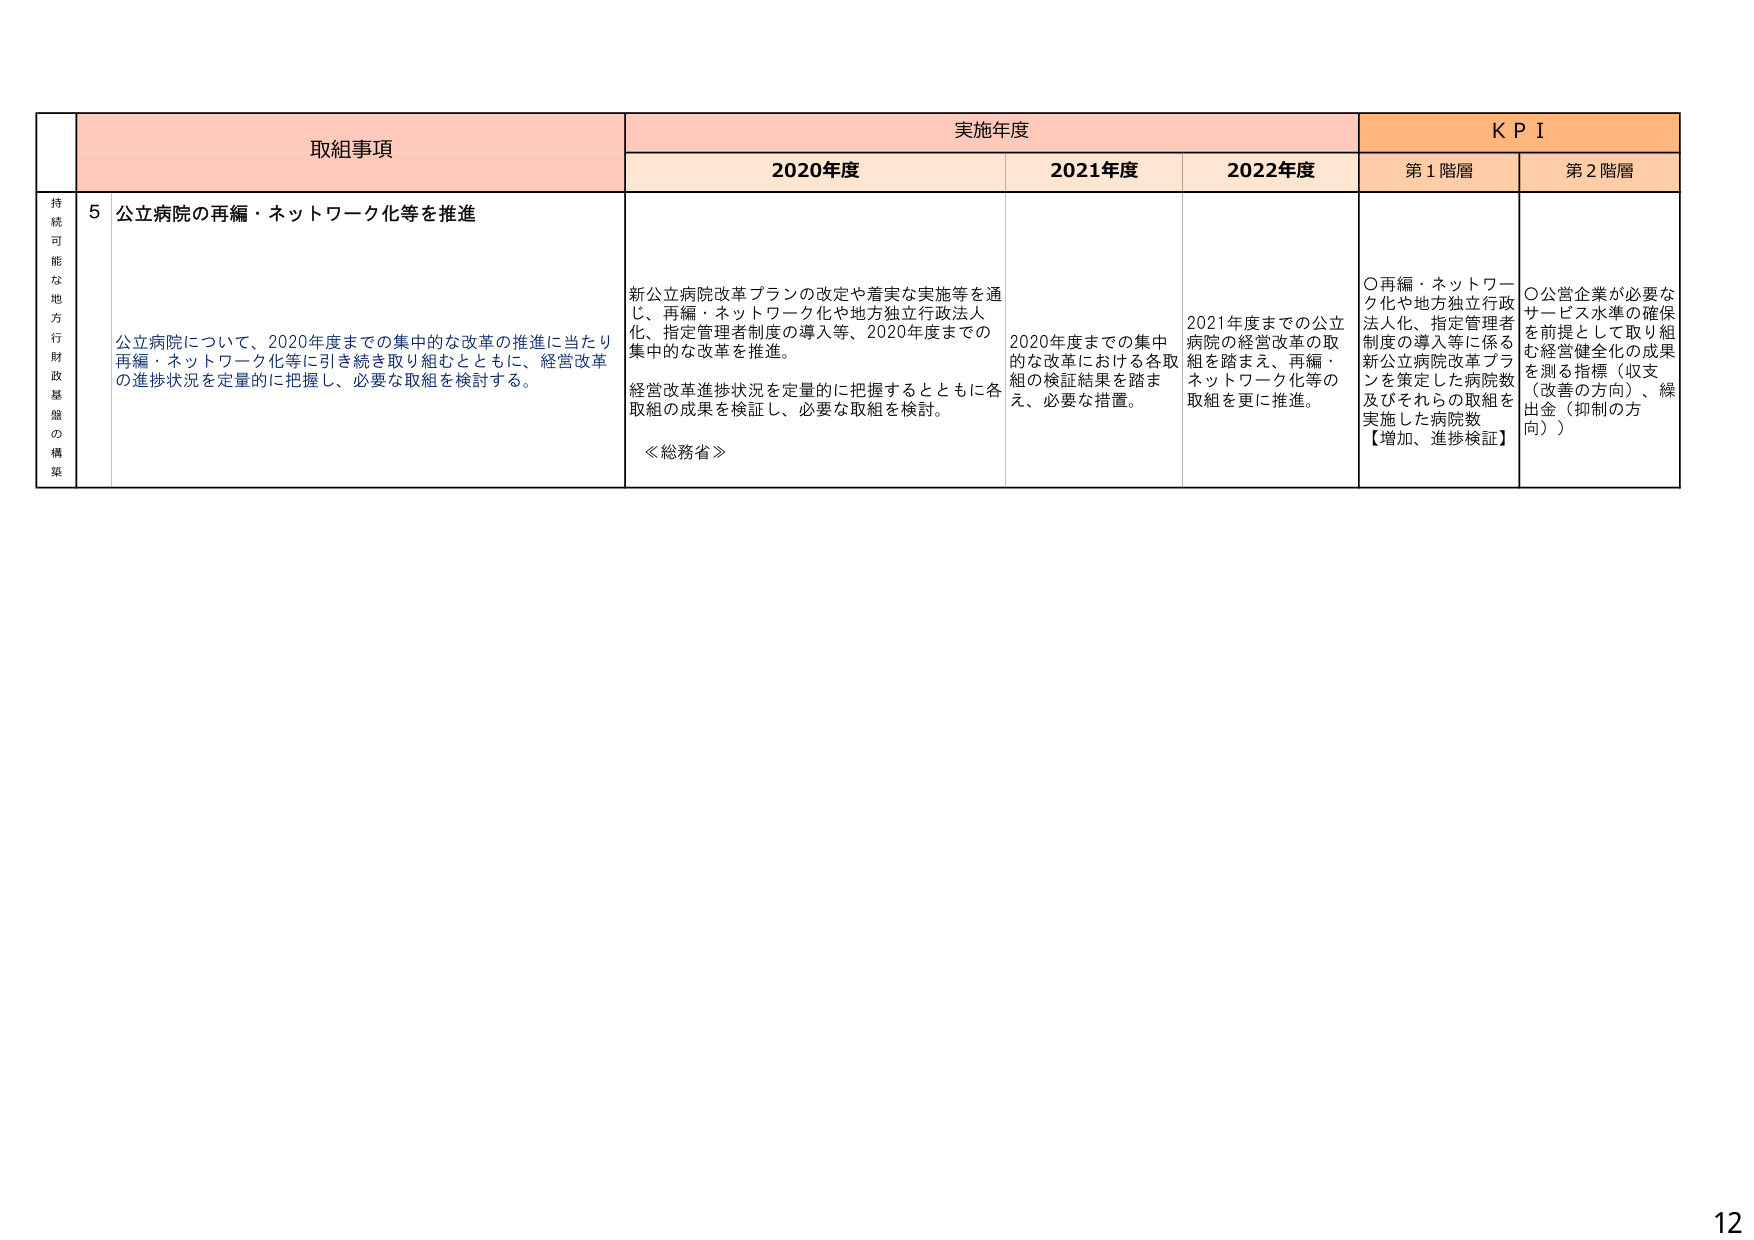
持続可能な地方行政財政基盤の構築
取組事項
実施年度
KPI
2020年度
2021年度
2022年度
第1階層
第2階層
5 公立病院の再編・ネットワーク化等を推進
公立病院について、2020年度までの集中的な改革の推進に当たり再編・ネットワーク化等に引き続き取り組むとともに、経営改革の進捗状況を定量的に把握し、必要な取組を検討する。
新公立病院改革プランの改定や着実な実施等を通じ、再編・ネットワーク化や地方独立行政法人化、指定管理者制度の導入等、2020年度までの集中的な改革を推進。
経営改革進捗状況を定量的に把握するとともに各取組の成果を検証し、必要な取組を検討。
≪総務省≫
2020年度までの集中的な改革における各取組の検証結果を踏まえ、必要な措置。
2021年度までの公立病院の経営改革の取組を踏まえ、再編・ネットワーク化等の取組を更に推進。
〇再編・ネットワーク化や地方独立行政法人化、指定管理者制度の導入等に係る新公立病院改革プランを策定した病院数及びそれらの取組を実施した病院数
【増加、進捗検証】
〇公営企業が必要なサービス水準の確保を前提として取り組む経営健全化の成果を測る指標（収支（改善の方向）、繰出金（抑制の方向））
12